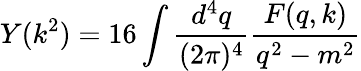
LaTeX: Y(k^{2})=16\int{\frac{d^{4}q}{(2\pi)^{4}}}{\frac{F(q,k)}{q^{2}-m^{2}}}